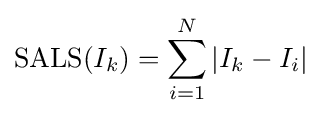
\mathrm {SALS} (I_{k})=\sum _{i=1}^{N}|I_{k}-I_{i}|